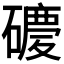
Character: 𥖂